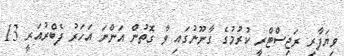
ވިޔަފާރި ރަޖިސްޓްރީ ކުރުމުގެ ގާނޫނުގައި ވާ ގޮތުން އަންނަ އަހަރު ފެބްރުއަރީ 13